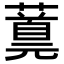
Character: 𬞪